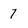
Character: 7